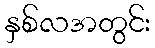
နှစ်လအတွင်း